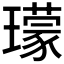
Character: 𤪑